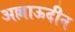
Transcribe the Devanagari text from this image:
अल्लाऊदीन